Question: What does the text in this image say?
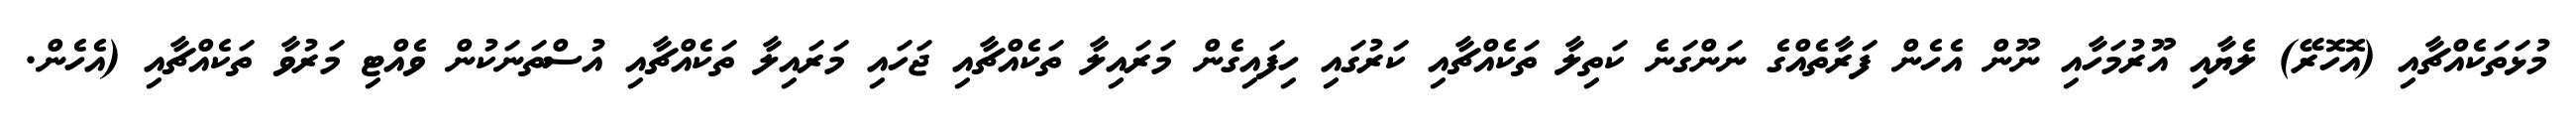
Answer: މުޅަތަކެއްޗާއި (އޮހޮރޭ) ލެޔާއި އޫރުމަހާއި ނޫން އެހެން ފަރާތެއްގެ ނަންގަނެ ކަތިލާ ތަކެއްޗާއި ކަރުގައި ހިފައިގެން މަރައިލާ ތަކެއްޗާއި ޖަހައި މަރައިލާ ތަކެއްޗާއި އުސްތަނަކުން ވެއްޓި މަރުވާ ތަކެއްޗާއި (އެހެން.